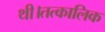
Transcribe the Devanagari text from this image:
थी।तत्कालिक